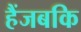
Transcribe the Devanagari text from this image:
हैंजबकि